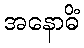
အနောဓိံ